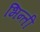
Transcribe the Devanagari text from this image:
भिन्ती